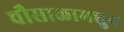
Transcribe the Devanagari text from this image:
चौसाळामधुन